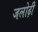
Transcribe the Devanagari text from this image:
जलोढ़ी